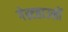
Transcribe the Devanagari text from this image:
गेस्टहाउसों